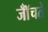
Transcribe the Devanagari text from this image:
जॉँचते